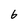
Character: 6